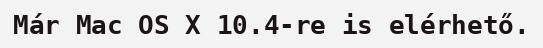
Már Mac OS X 10.4-re is elérhető.